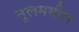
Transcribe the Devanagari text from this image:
नूलमधील